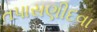
તપાસણીદવા